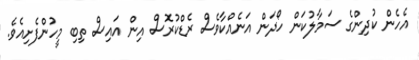
އެހެން ކުދިންގެ ސަމާލުކަން ހޯދަން އަނެއްކާވެސް ރެޑްކުރޮސް އިން އައިސް ތިބި މީހުންފެށިއެވެ.